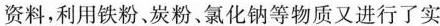
资料，利用粉，炭粉、氯化钠等物质又进行了实